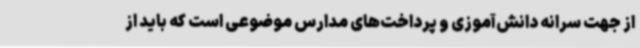
از جهت سرانه دانش‌آموزی و پرداخت‌های مدارس موضوعی است که ‌باید از